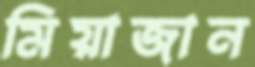
মিয়াজান